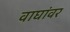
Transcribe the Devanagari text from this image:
वाघांवर